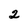
Character: 2